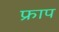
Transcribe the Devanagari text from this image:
फ्राप